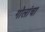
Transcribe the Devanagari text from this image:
गोलांचा